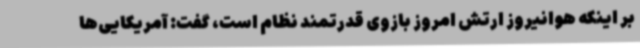
بر اینکه هوانیروز ارتش امروز بازوی قدرتمند نظام است، گفت: آمریکایی‌ها